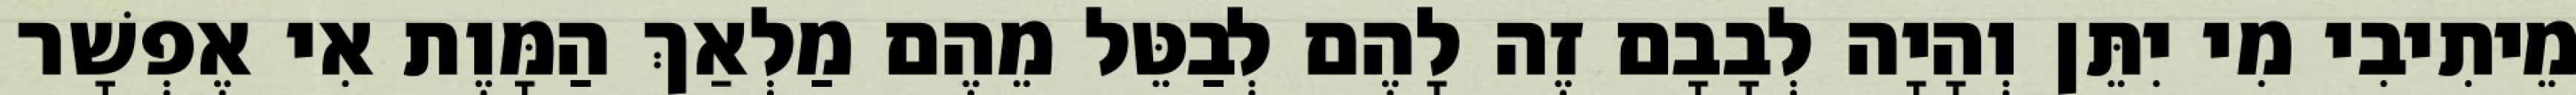
מֵיתִיבִי מִי יִתֵּן וְהָיָה לְבָבָם זֶה לָהֶם לְבַטֵּל מֵהֶם מַלְאַךְ הַמָּוֶת אִי אֶפְשָׁר